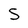
Character: S